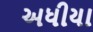
અધીયા